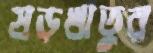
ষড়ঋতুর